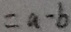
= a - b